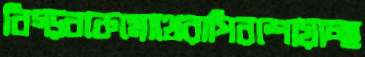
বিগ্‌ড়বকেমোথেরাপিরশোয়াচ্ছ